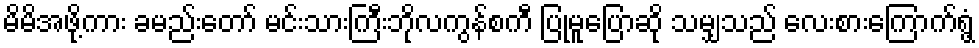
မိမိအဖို့ကား ခမည်းတော် မင်းသားကြီးဘိုလကွန်စကီ ပြုမူပြောဆို သမျှသည် လေးစားကြောက်ရွံ့